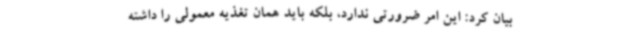
بیان کرد: این امر ضرورتی ندارد، بلکه باید همان تغذیه معمولی را داشته